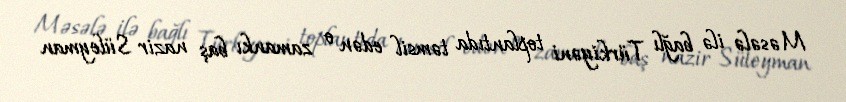
Məsələ ilə bağlı Türkiyəni toplantıda təmsil edən o zamankı baş nazir Süleyman